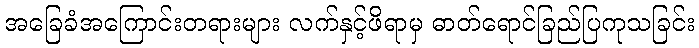
အခြေခံအကြောင်းတရားများ လက်နှင့်ဖိရာမှ ဓာတ်ရောင်ခြည်ပြကုသခြင်း